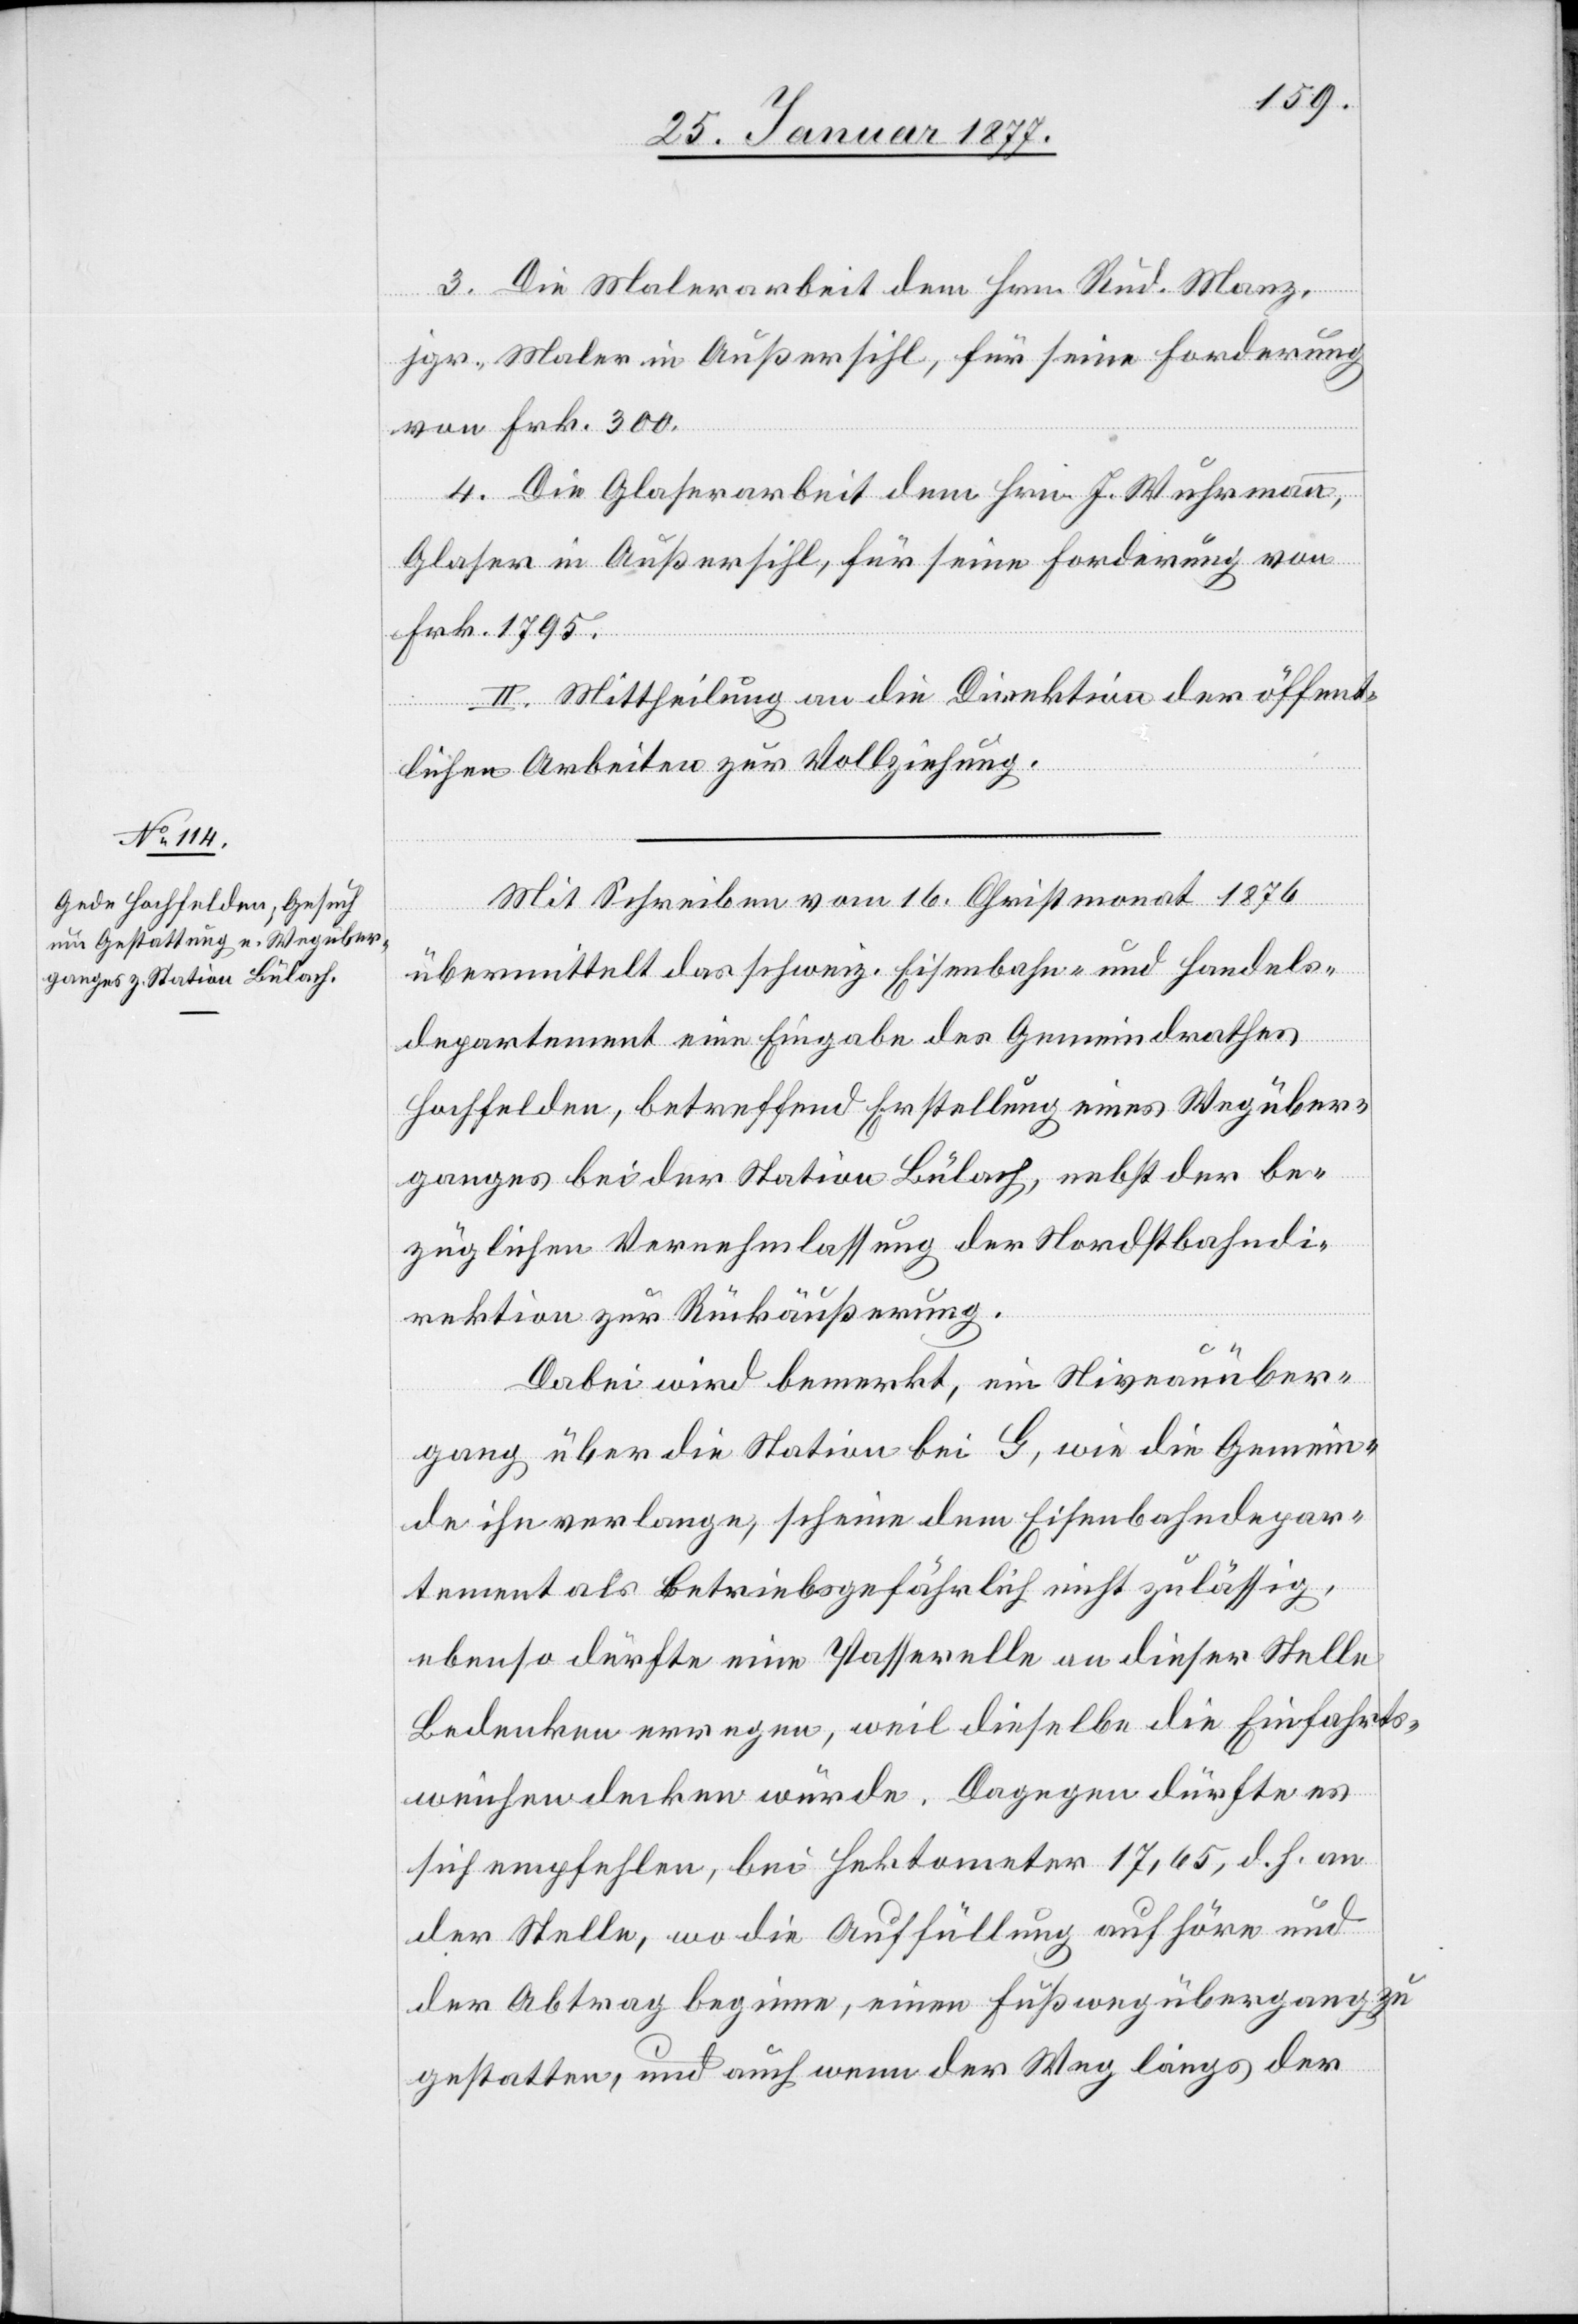
3. Die Malerarbeit dem Hrn. Rud. Manz,
jgr., Maler in Außersihl, für seine Forderung
von Frk. 300.
4. Die Glaserarbeit dem Hrn. J. Wuhrmann,
Glaser in Außersihl, für seine Forderung von
Frk. 1795.
II. Mittheilung an die Direktion der öffent¬
lichen Arbeiten zur Vollziehung.
Mit Schreiben vom 16. Christmonat 1876
übermittelt das schweiz. Eisenbahn- und Handels¬
departement eine Eingabe des Gemeindrathes
Hochfelden, betreffend Erstellung eines Wegüber¬
ganges bei der Station Bülach, nebst der be¬
züglichen Vernehmlassung der Nordostbahndi¬
rektion zur Rückäußerung.
Dabei wird bemerkt, ein Niveauüber¬
gang über die Station bei G, wie die Gemein¬
de ihn verlange, scheine dem Eisenbahndepar¬
tement als Betriebsgefährlich [sic!] nicht für zulässig,
ebenso dürfte eine Passarelle an dieser Stelle
Bedenken erregen, weil dieselbe die Einfahrts¬
weichen decken würde. Dagegen dürfte es
sich empfehlen, bei Hektometer 17,65, d. h. an
der Stelle, wo die Auffüllung aufhöre und
der Abtrag beginne, einen Fußwegübergang zu
gestatten, und auch wenn der Weg längs der